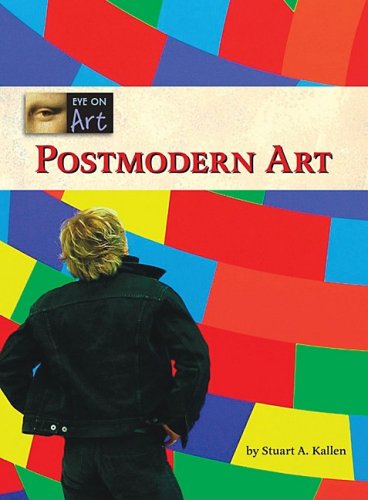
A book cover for Postmodern Art (Eye on Art); Stuart A. Kallen; Teen & Young Adult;